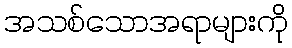
အသစ်သောအရာများကို